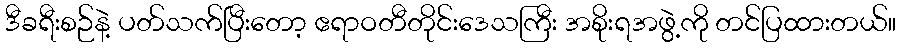
ဒီခရီးစဉ်နဲ့ ပတ်သက်ပြီးတော့ ဧရာဝတီတိုင်းဒေသကြီး အစိုးရအဖွဲ့ကို တင်ပြထားတယ်။